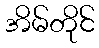
အိမ်တိုင်